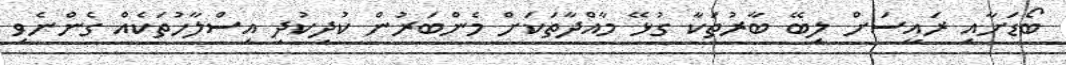
ބޯޑަށާއި ރައީސަށް ލިބޭ ބާރުތަކާ ގުޅޭ މާއްދާތަކަށް މެންބަރުން ކުދިކުދި އިސްލާހުތަކެއް ގެންނެވި